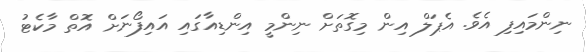
ނިންމައިފި އެވެ. އެޕަލް އިން މިގޮތަށް ނިންމީ އިންޑިއާގައި އައިފޯނަށް އޮތް މާކެޓު